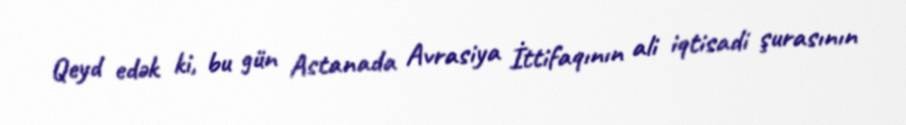
Qeyd edək ki, bu gün Astanada Avrasiya İttifaqının ali iqtisadi şurasının